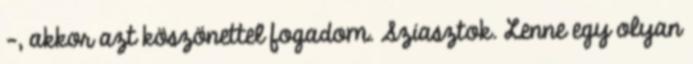
-, akkor azt köszönettel fogadom. Sziasztok. Lenne egy olyan